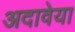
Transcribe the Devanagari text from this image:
अदावेया